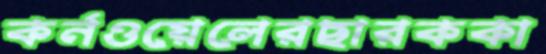
কর্নওয়েলেরছারককা